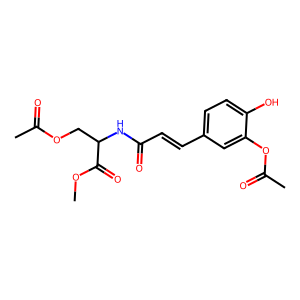
SMILES: COC(=O)C(COC(C)=O)NC(=O)C=Cc1ccc(O)c(OC(C)=O)c1
Inhibits HIV replication: No